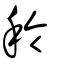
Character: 秢